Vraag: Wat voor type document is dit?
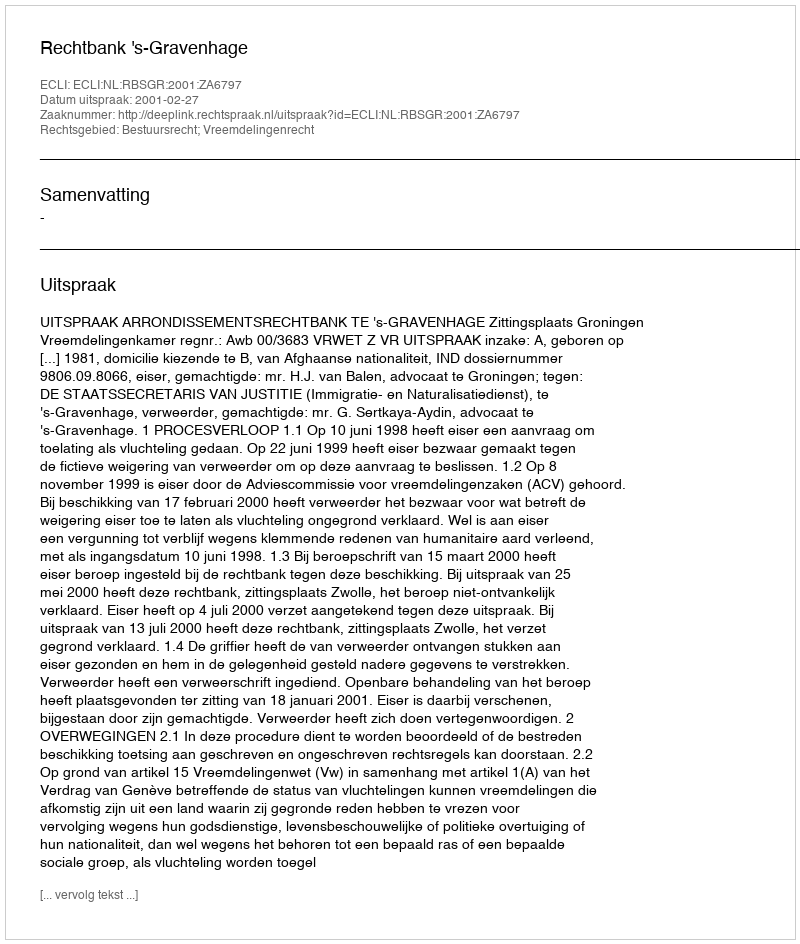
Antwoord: Uitspraak